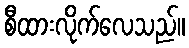
စီထားလိုက်လေသည်။